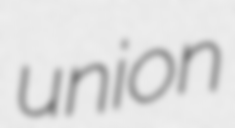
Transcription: union